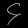
Digit: ၄